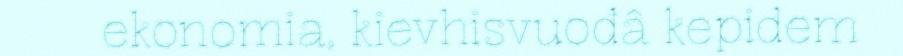
ekonomia, kievhisvuođâ kepidem